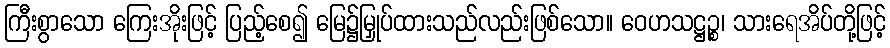
ကြီးစွာသော ကြေးအိုးဖြင့် ပြည့်စေ၍ မြေ၌မြှုပ်ထားသည်လည်းဖြစ်သော။ ဝေဟသဋ္ဌဉ္စ၊ သားရေအိပ်တို့ဖြင့်